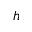
h